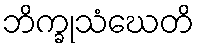
ဘိက္ခုသံဃေတိ